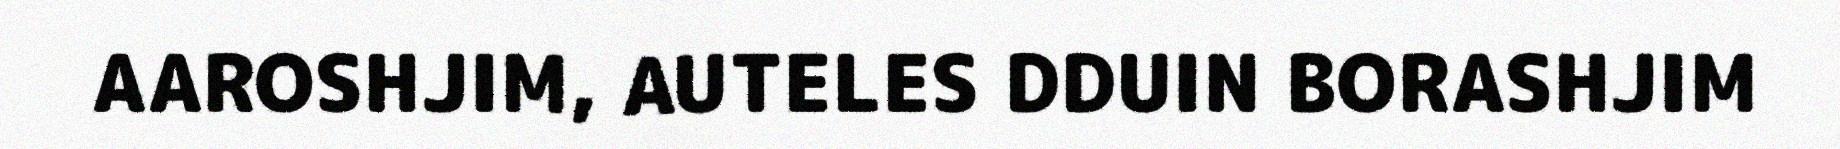
AAROSHJIM, AUTELES DDUIN BORASHJIM